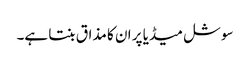
سوشل میڈیا پر ان کا مذاق بنتا ہے۔